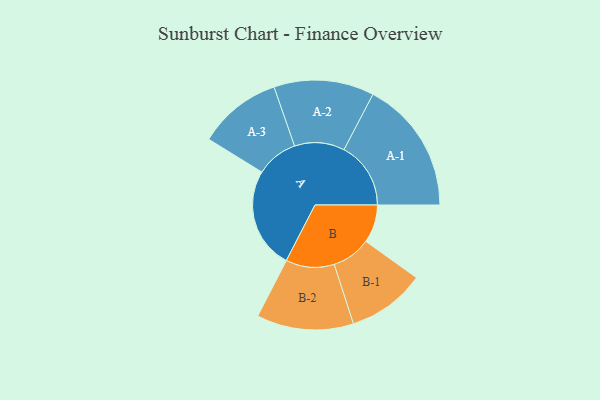
{"axis": {"x": "Segment", "y": "Value"}, "legend": ["", "A", "B"], "data": [{"x": "A", "y": 430, "type": ""}, {"x": "B", "y": 162, "type": ""}, {"x": "A-1", "y": 284, "type": "A"}, {"x": "A-2", "y": 213, "type": "A"}, {"x": "A-3", "y": 178, "type": "A"}, {"x": "B-1", "y": 166, "type": "B"}, {"x": "B-2", "y": 206, "type": "B"}]}